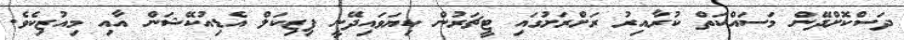
ދަސްކޮށްދޭން މަސައްކަތް ކުރާއިރު ރަށްރަށުގައި ޓީޗަރުން ކިޔަވައިދޭނީ ފިޒިކަލް އެޑިއުކޭޝަން އާއި މިއުޒިކެވެ.